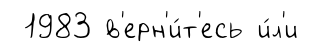
1983 в'ерн'и́т'есь и́л'и